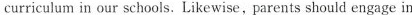
curricuum in our schools.Likewise，parents should engage in